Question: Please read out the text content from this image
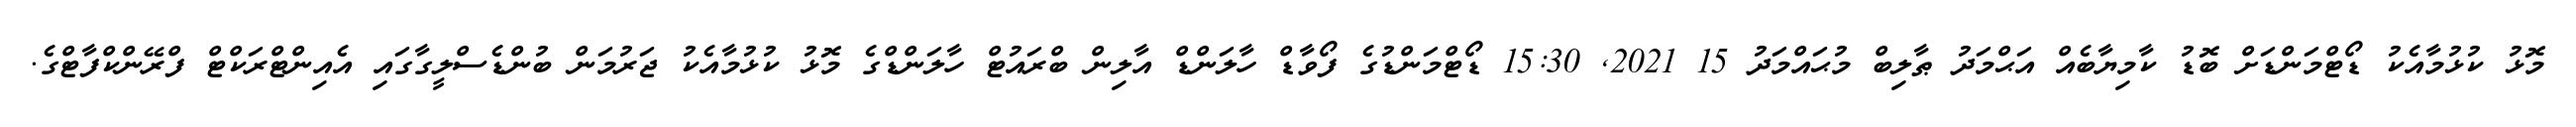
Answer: މޮޅު ކުޅުމާއެކު ޑޯޓްމަންޑަށް ބޮޑު ކާމިޔާބެއް އަޙްމަދު ޠާލިބް މުޙައްމަދު 15 2021, 15:30 ޑޯޓްމަންޑުގެ ފޯވާޑް ހާލަންޑް އާލިން ބްރައުޓް ހާލަންޑްގެ މޮޅު ކުޅުމާއެކު ޖަރުމަން ބުންޑެސްލީގާގައި އެއިންޓްރަކްޓް ފްރޭންކްފާޓްގެ.